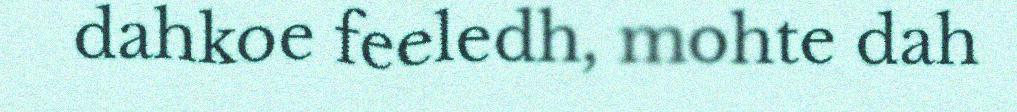
dahkoe feeledh, mohte dah